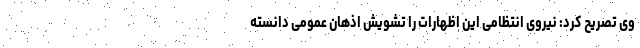
وی تصریح کرد: نیروی انتظامی این اظهارات را تشویش اذهان عمومی دانسته